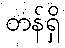
တန်ရှိ